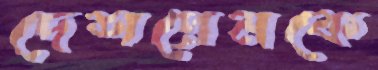
দেশপ্রেমকে